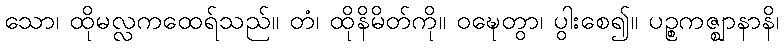
သော၊ ထိုမလ္လကထေရ်သည်။ တံ၊ ထိုနိမိတ်ကို။ ဝဍ္ဎေတွာ၊ ပွါးစေ၍။ ပဉ္စကဇ္ဈာနာနိ၊